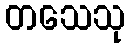
တသေသု